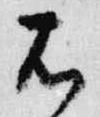
右